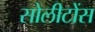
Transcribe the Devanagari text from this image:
सोलीटोंस